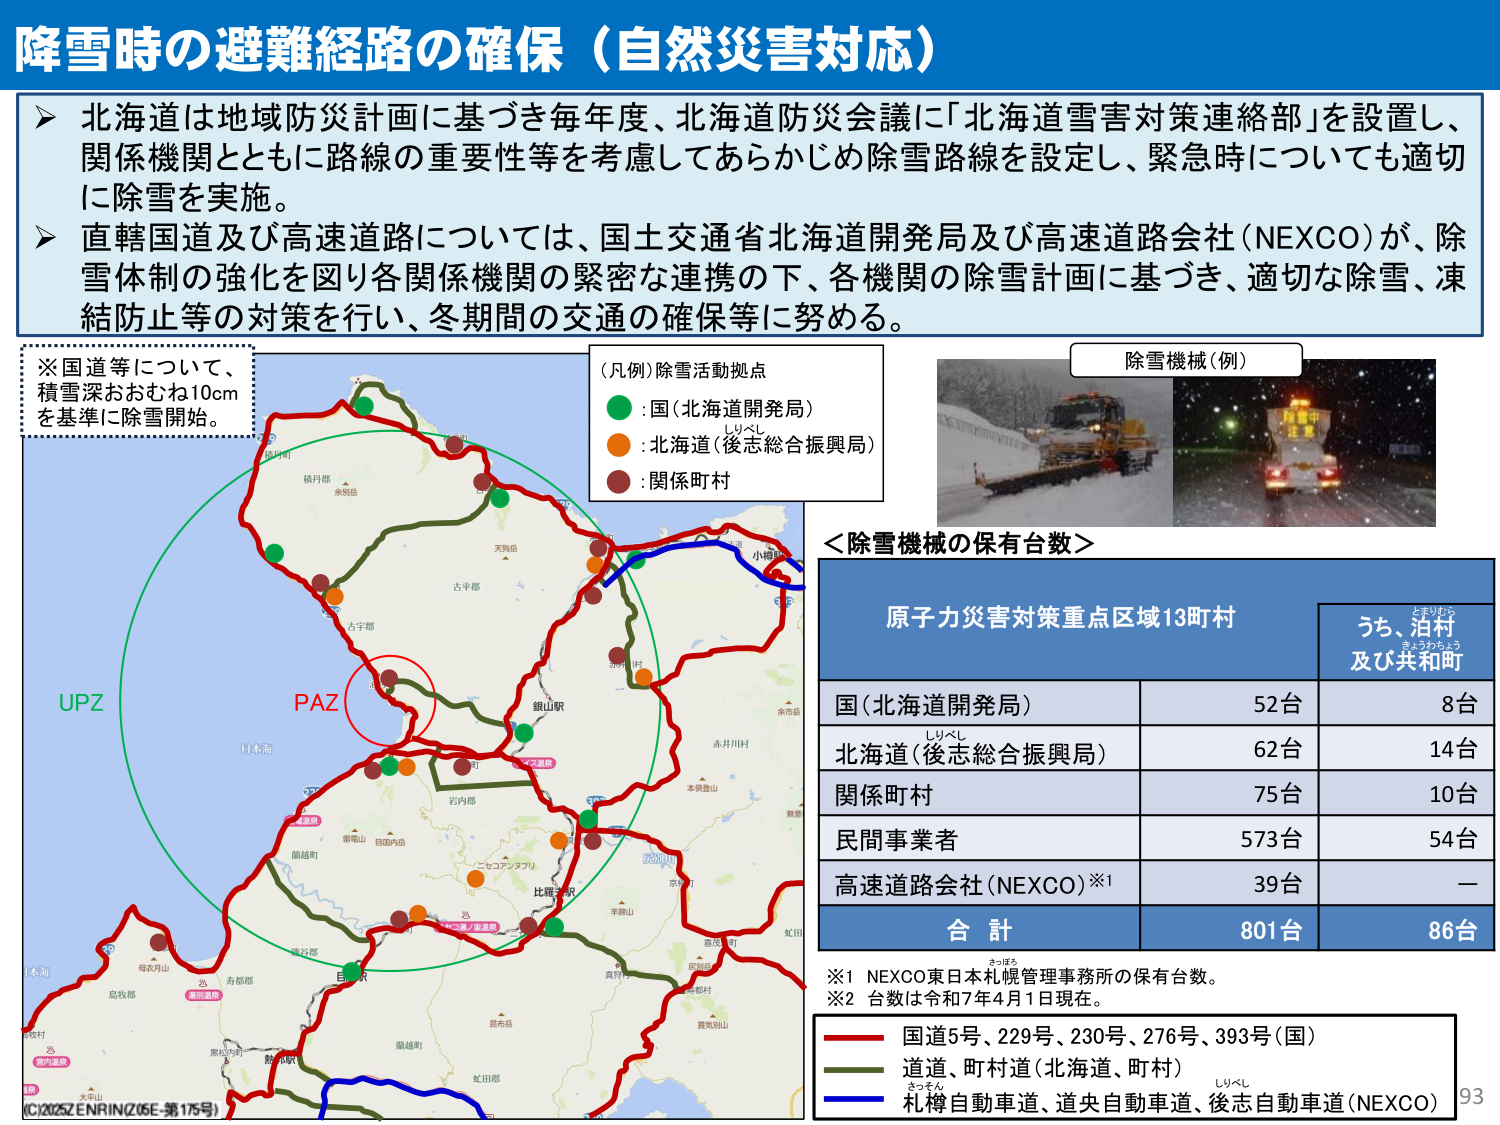
降雪時の避難経路の確保（自然災害対応）

北海道は地域防災計画に基づき毎年度、北海道防災会議に「北海道雪害対策連絡部」を設置し、
関係機関とともに路線の重要性等を考慮してあらかじめ除雪路線を設定し、緊急時についても適切
に除雪を実施。

直轄国道及び高速道路については、国土交通省北海道開発局及び高速道路会社（NEXCO）が、除
雪体制の強化を図り各関係機関の緊密な連携の下、各機関の除雪計画に基づき、適切な除雪、凍
結防止等の対策を行い、冬期間の交通の確保等に努める。

※国道等について、
積雪深おおむね10cm
を基準に除雪開始。

（凡例）除雪活動拠点
●：国（北海道開発局）
●：北海道（後志総合振興局）
●：関係町村

除雪機械（例）

＜除雪機械の保有台数＞
原子力災害対策重点区域13町村
うち、泊村
及び共和町
国（北海道開発局） 52台 8台
北海道（後志総合振興局） 62台 14台
関係町村 75台 10台
民間事業者 573台 54台
高速道路会社（NEXCO）※1 39台 —
合 計 801台 86台

※1 NEXCO東日本札幌管理事務所の保有台数。
※2 台数は令和7年4月1日現在。

赤線：国道5号、229号、230号、276号、393号（国）
緑線：道道、町村道（北海道、町村）
青線：札樽自動車道、道央自動車道、後志自動車道（NEXCO）

UPZ
PAZ

（C）2025 ZENRIN（Z05E 第175号）
93